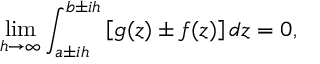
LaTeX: \operatorname * { l i m } _ { h \to \infty } \int _ { a \pm i h } ^ { b \pm i h } { \left[ g ( z ) \pm f ( z ) \right] d z } = 0 ,